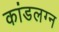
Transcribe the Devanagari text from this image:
कांडलग्न